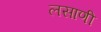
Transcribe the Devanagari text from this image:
लसाणी